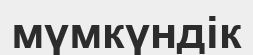
мүмкүндік